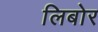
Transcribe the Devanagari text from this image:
लिबोर